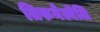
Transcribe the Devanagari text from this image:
तिरुनेल्वॆलि